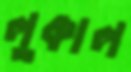
লুকাল